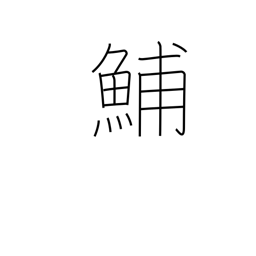
Meaning: type of herring